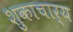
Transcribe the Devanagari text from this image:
शुकाचार्य